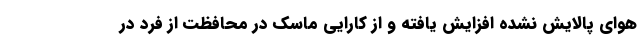
هوای پالایش نشده افزایش یافته و از کارایی ماسک در محافظت از فرد در